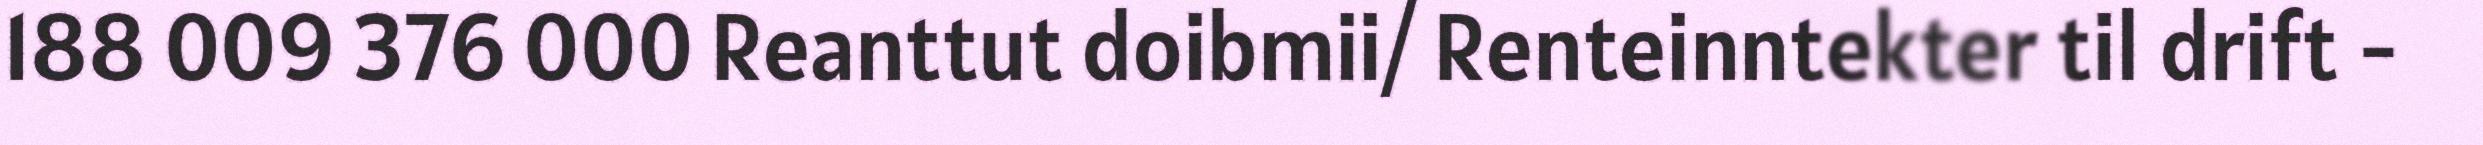
188 009 376 000 Reanttut doibmii/ Renteinntekter til drift -